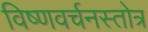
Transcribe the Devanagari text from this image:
विष्णवर्चनस्तोत्र